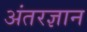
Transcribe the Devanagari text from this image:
अंतरज्ञान